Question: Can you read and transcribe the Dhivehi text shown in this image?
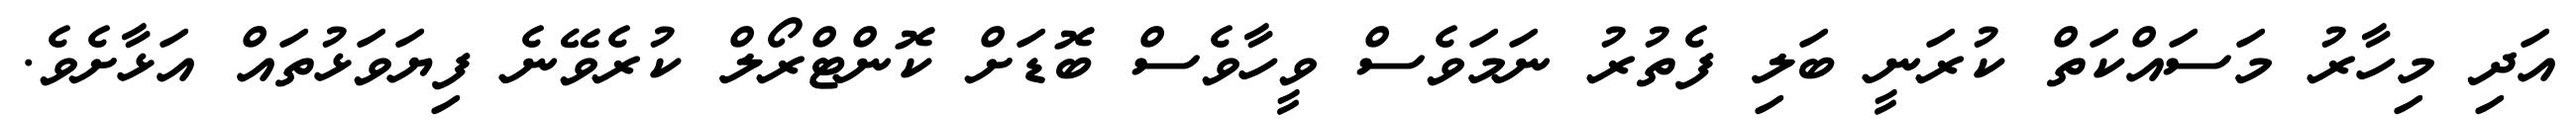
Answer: އަދި މިހާރު މަސައްކަތް ކުރަނީ ބަލި ފެތުރު ނަމަވެސް ވީހާވެސް ބޮޑަށް ކޮންޓްރޯލް ކުރެވޭނެ ފިޔަވަޅުތައް އަޅާށެވެ.